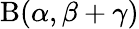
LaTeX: \mathrm{B}(\alpha,\beta+\gamma)